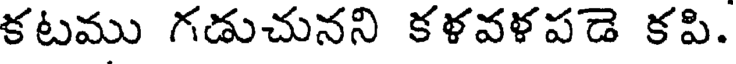
కటము గడుచునని కళవళపడె కపి.